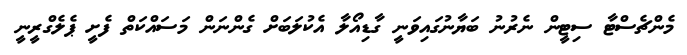
މެންޗެސްޓާ ސިޓީން ނެރުނު ބަޔާނުގައިވަނީ ގާޑިއޯލާ އެކުލަބަށް ގެންނަން މަސައްކަތް ފެށީ ޕެލެގްރީނީ